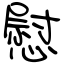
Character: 慰